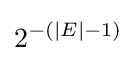
2^{-(|E|-1)}